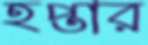
হপ্তার